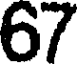
67